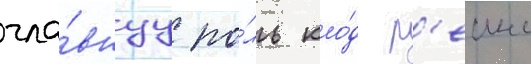
гла́внуу ро́ль кло́д р'еинс